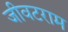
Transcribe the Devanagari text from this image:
जीवटराम